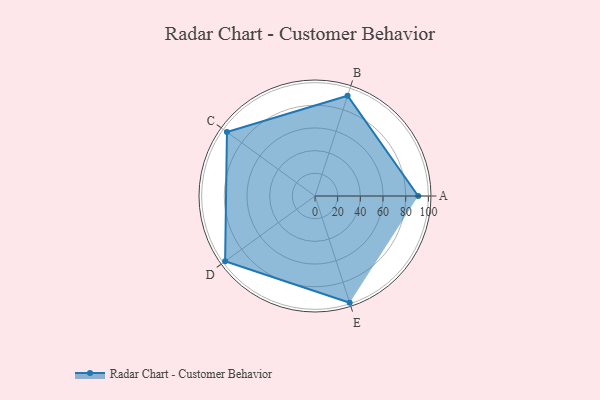
{"axis": {"x": "Skill", "y": "Score"}, "legend": ["Profile"], "data": [{"x": "A", "y": 91.0, "type": "Profile"}, {"x": "B", "y": 93.0, "type": "Profile"}, {"x": "C", "y": 96.0, "type": "Profile"}, {"x": "D", "y": 98.0, "type": "Profile"}, {"x": "E", "y": 99, "type": "Profile"}]}